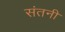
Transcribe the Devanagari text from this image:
संतनी